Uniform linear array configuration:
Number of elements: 32
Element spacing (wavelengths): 0.5
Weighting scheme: kaiser
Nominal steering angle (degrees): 45
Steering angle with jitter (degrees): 45.053
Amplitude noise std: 0.05
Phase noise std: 0.05

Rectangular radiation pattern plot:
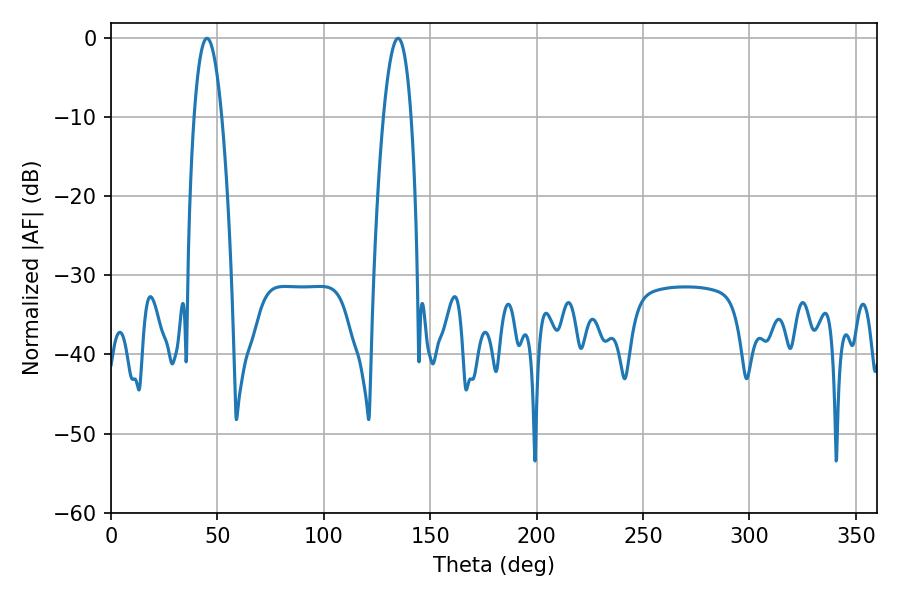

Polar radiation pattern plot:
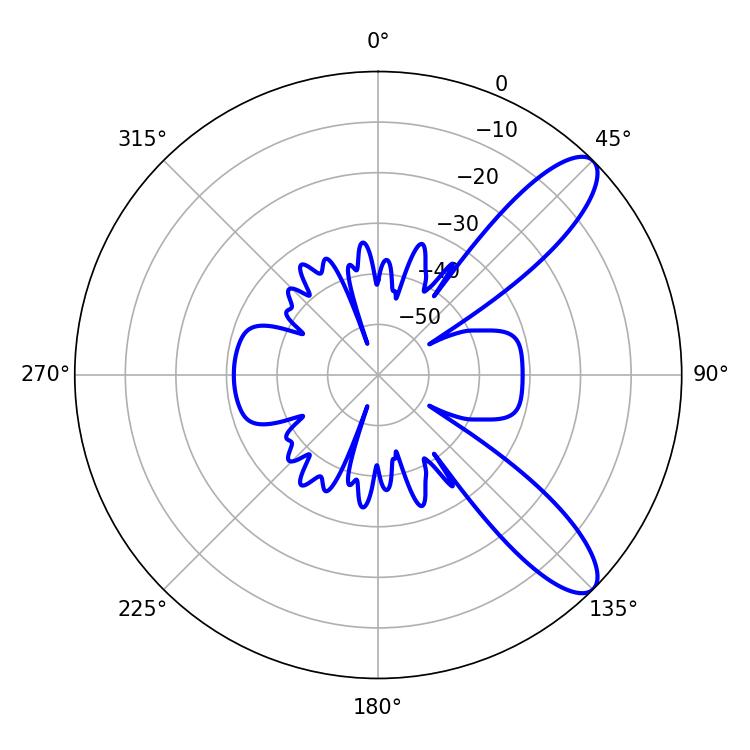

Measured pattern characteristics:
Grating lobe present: FALSE
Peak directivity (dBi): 10.193
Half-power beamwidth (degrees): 7.2
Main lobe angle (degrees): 45.18